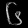
Digit: ၆